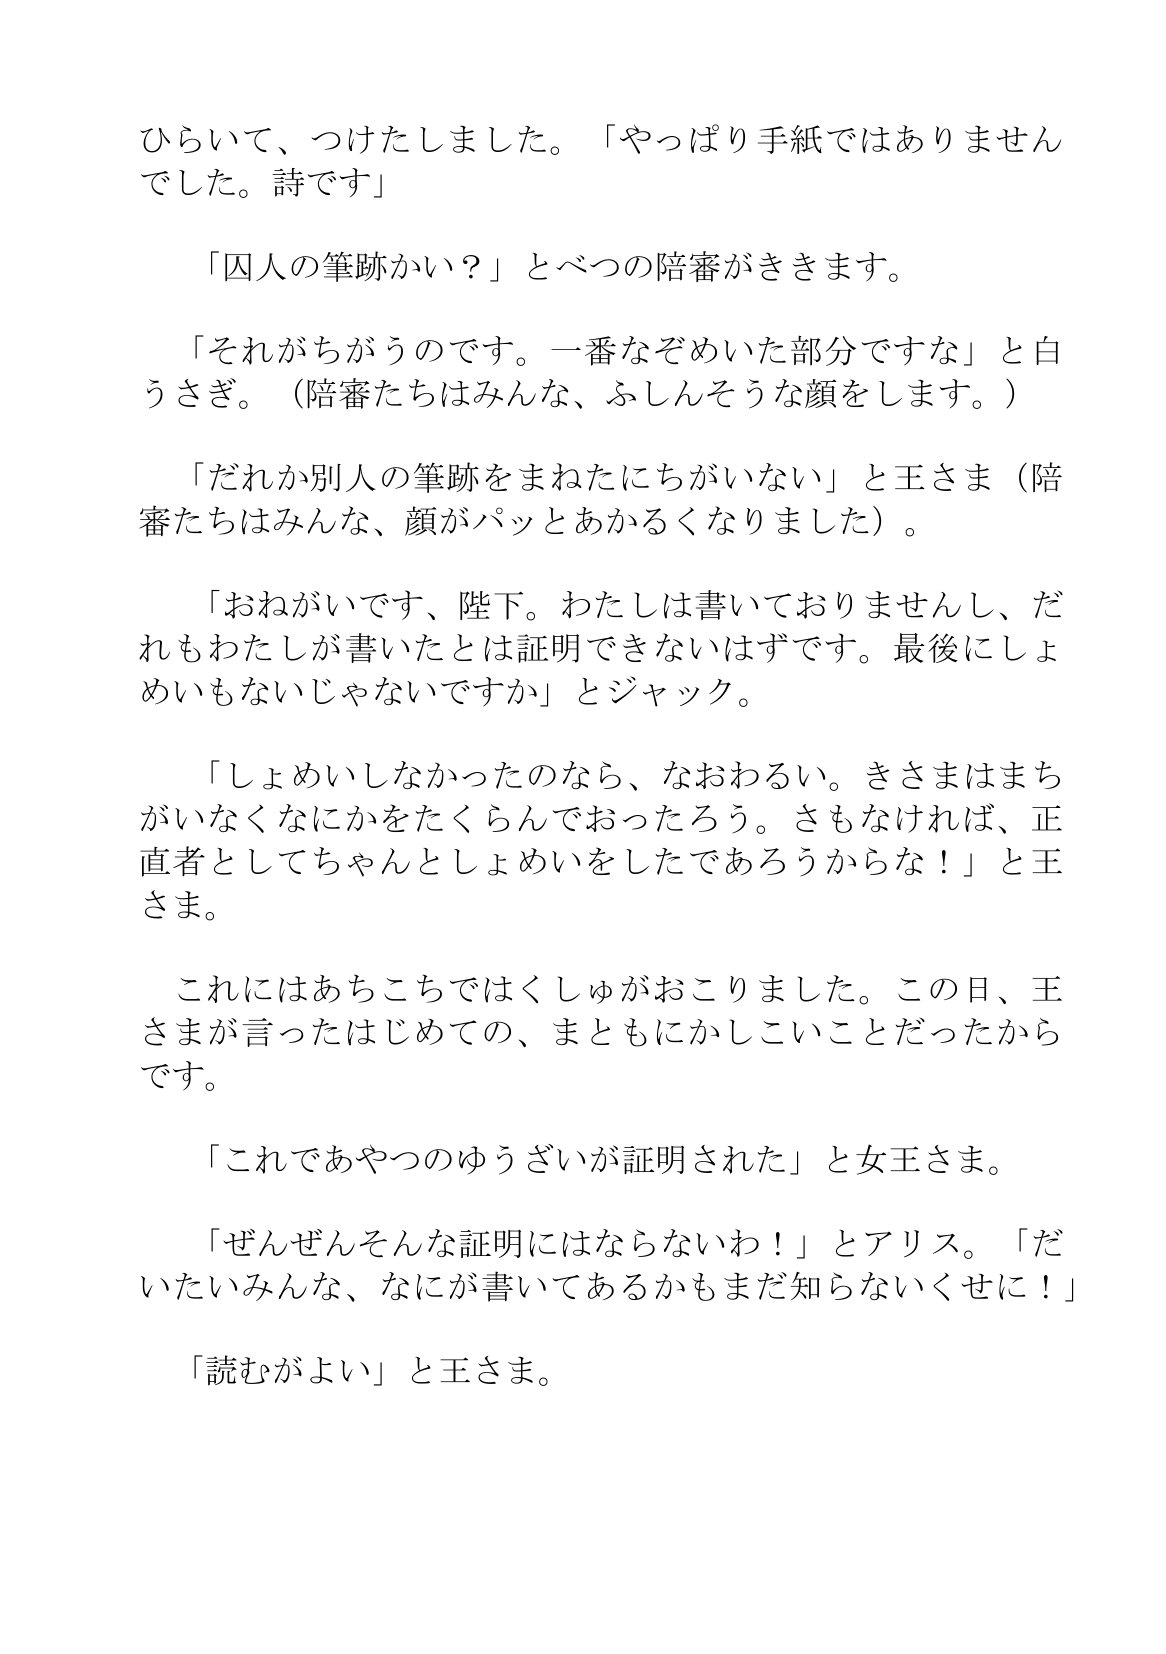
Language: ja